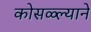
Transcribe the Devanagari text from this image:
कोसळ्ल्याने